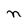
Character: n